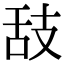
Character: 𦧉